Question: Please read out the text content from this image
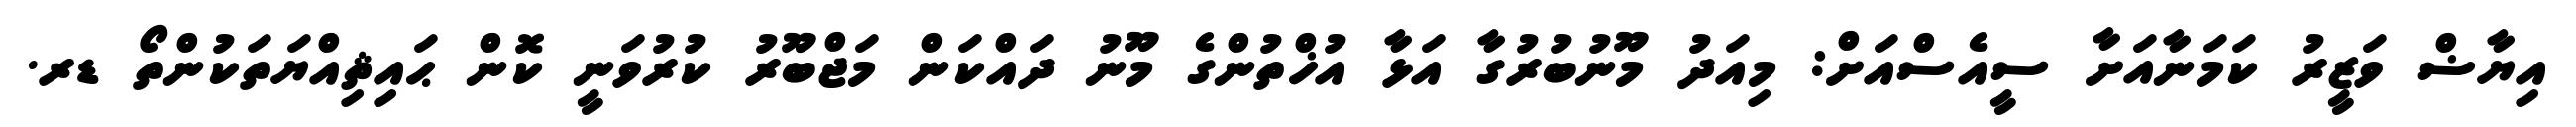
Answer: އިޔާޟް ވަޒީރު ކަމަނާއަށާ ސީއެސްއަށް: މިއަދު މޫނުބުރުގާ އަޅާ އުޚްތުންގެ މޫނު ދައްކަން މަޖްބޫރު ކުރުވަނީ ކޮން ޙައިޘިއްޔަތަކުންތޯ ޑރ.